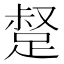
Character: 𮛣